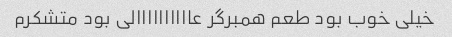
خیلی خوب بود طعم همبرگر عاااااااااالی بود متشکرم